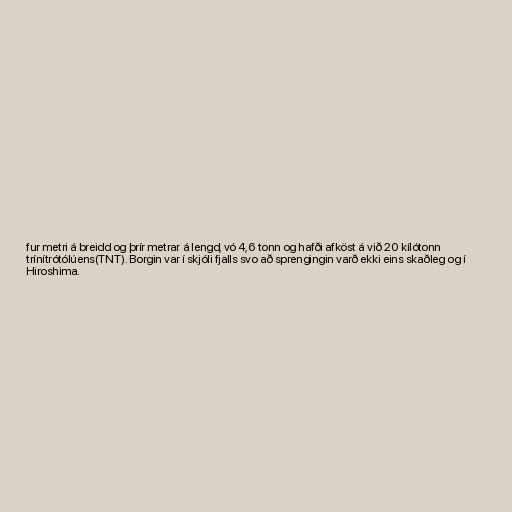
fur metri á breidd og þrír metrar á lengd, vó 4,6 tonn og hafði afköst á við 20 kílótonn
trínítrótólúens(TNT). Borgin var í skjóli fjalls svo að sprengingin varð ekki eins skaðleg og í
Hiroshima.